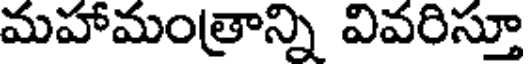
మహామంత్రాన్ని వివరిస్తూ